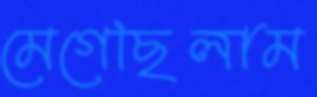
মেগেছিলাম